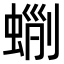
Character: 𧌵